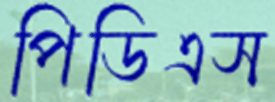
পিডিএস